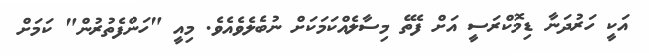
އަކީ ހަރުދަނާ ޑިމޮކްރަސީ އަށް ފެތޭ މިސާލެއްކަމަކަށް ނުބެލެވެއެވެ. މިއީ "ހަންފެތުރުން" ކަމަށް